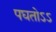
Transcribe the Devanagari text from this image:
पघतोऽऽ